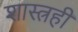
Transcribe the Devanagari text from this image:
शास्त्रही